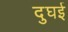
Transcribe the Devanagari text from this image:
दुघई